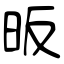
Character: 昄